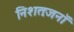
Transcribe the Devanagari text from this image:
निशतःजनॉ